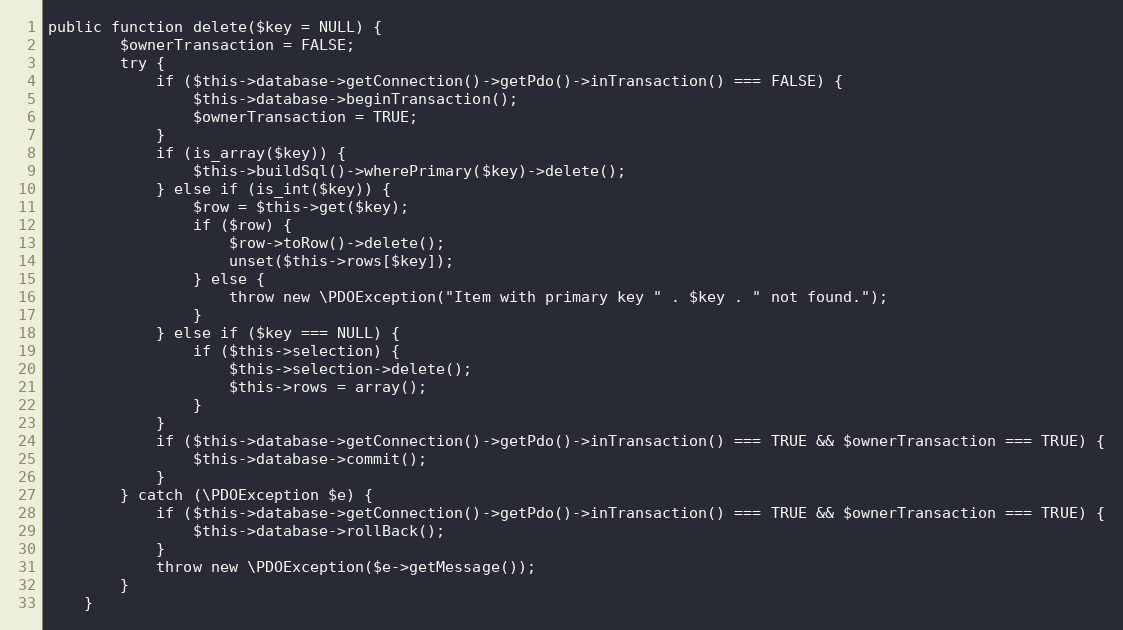
Language: PHP
public function delete($key = NULL) {
		$ownerTransaction = FALSE;
		try {
			if ($this->database->getConnection()->getPdo()->inTransaction() === FALSE) {
				$this->database->beginTransaction();
				$ownerTransaction = TRUE;
			}
			if (is_array($key)) {
				$this->buildSql()->wherePrimary($key)->delete();
			} else if (is_int($key)) {
				$row = $this->get($key);
				if ($row) {
					$row->toRow()->delete();
					unset($this->rows[$key]);
				} else {
					throw new \PDOException("Item with primary key " . $key . " not found.");
				}
			} else if ($key === NULL) {
				if ($this->selection) {
					$this->selection->delete();
					$this->rows = array();
				}
			}
			if ($this->database->getConnection()->getPdo()->inTransaction() === TRUE && $ownerTransaction === TRUE) {
				$this->database->commit();
			}
		} catch (\PDOException $e) {
			if ($this->database->getConnection()->getPdo()->inTransaction() === TRUE && $ownerTransaction === TRUE) {
				$this->database->rollBack();
			}
			throw new \PDOException($e->getMessage());
		}
	}